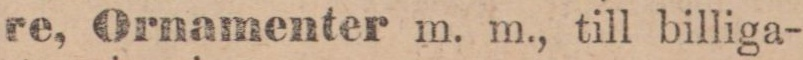
re, Ornamenter m. m., till billiga-